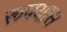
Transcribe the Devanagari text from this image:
रूपयास